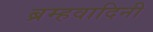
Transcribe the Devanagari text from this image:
ब्रम्हवादिनी